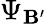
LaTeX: \Psi_{\mathbf{B}^{\prime}}